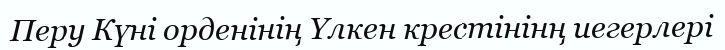
Перу Күні орденінің Үлкен крестінінң иегерлері